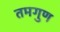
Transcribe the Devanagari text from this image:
तमगुण